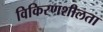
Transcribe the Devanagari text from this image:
विकिरणशीलता